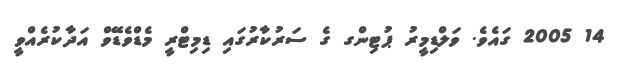
14 2005 ގައެވެ. ވަލްޑިމީރު ޕުޓިންގ ގެ ސަރުކާރުގައި ޑިމިޓްރީ މެޑްވެޑޭވް އަދާކުރެއްވީ